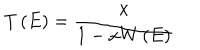
T \left( E \right) = { \frac { x } { 1 - x W \left( E \right) } }